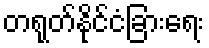
တရုတ်နိုင်ငံခြားရေး